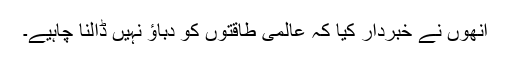
انھوں نے خبردار کیا کہ عالمی طاقتوں کو دباؤ نہیں ڈالنا چاہیے۔